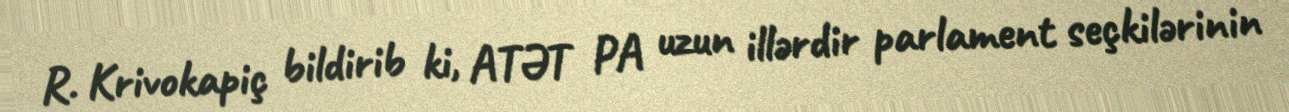
R. Krivokapiç bildirib ki, ATƏT PA uzun illərdir parlament seçkilərinin